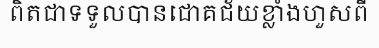
ពិតជាទទួលបានជោគជ័យខ្លាំងហួសពី